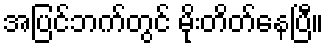
အပြင်ဘက်တွင် မိုးတိတ်နေပြီ။